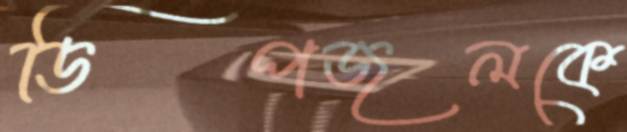
ডিপজলকে